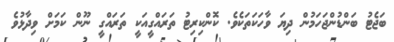
ބަޖެޓު ބަންޑުންޖަހަމުން ދިޔަ ވާހަކަތަކެވެ. ކޮންކިރިިޓު ތަރައްގީއަކީ ތަރައްގީ ނޫން ކަމަށް ވިދާޅުވެ